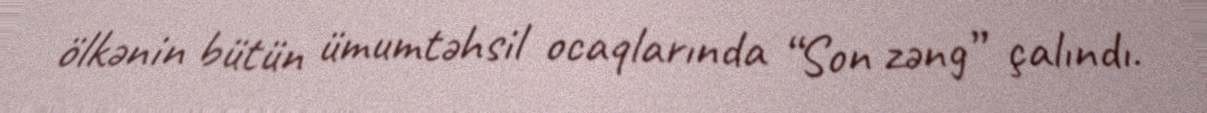
ölkənin bütün ümumtəhsil ocaqlarında “Son zəng” çalındı.